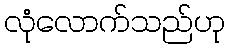
လုံလောက်သည်ဟု